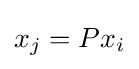
x_{j}=Px_{i}